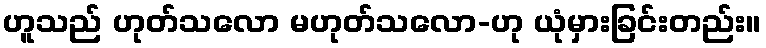
ဟူသည် ဟုတ်သလော မဟုတ်သလော-ဟု ယုံမှားခြင်းတည်း။